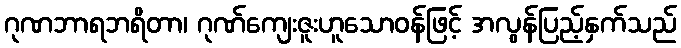
ဂုဏဘာရဘရိတာ၊ ဂုဏ်ကျေးဇူးဟူသောဝန်ဖြင့် အလွန်ပြည့်နှက်သည်